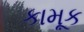
કામૂક